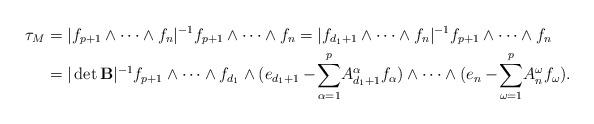
LaTeX: \begin{align*}\tau_{M}&=|f_{p+1}\wedge\cdots\wedge f_{n}|^{-1}f_{p+1}\wedge\cdots\wedge f_{n}=|f_{d_1+1}\wedge\cdots\wedge f_{n}|^{-1}f_{p+1}\wedge\cdots\wedge f_{n}\\&=|\det\mathbf B|^{-1}f_{p+1}\wedge\cdots\wedge f_{d_1}\wedge(e_{d_1+1}-\!\sum_{\alpha=1}^p\!A_{d_1+1}^\alpha f_{\alpha})\wedge\cdots\wedge (e_{n}-\!\sum_{\omega=1}^p\!A_{n}^\omega f_{\omega}).\end{align*}